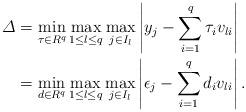
LaTeX: \begin{align*} \varDelta&= \min_{\tau\in R^q } \max_{1\leq l \leq q}\max_{j \in I_l}\left|y_j -\sum_{i=1}^{q}\tau_i v_{li}\right|\\& = \min_{d \in R^q } \max_{1\leq l \leq q} \max_{j \in I_l}\left|\epsilon_j -\sum_{i=1}^{q} d_i v_{li}\right|.\end{align*}